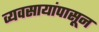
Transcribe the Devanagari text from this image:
व्यवसायांपासून